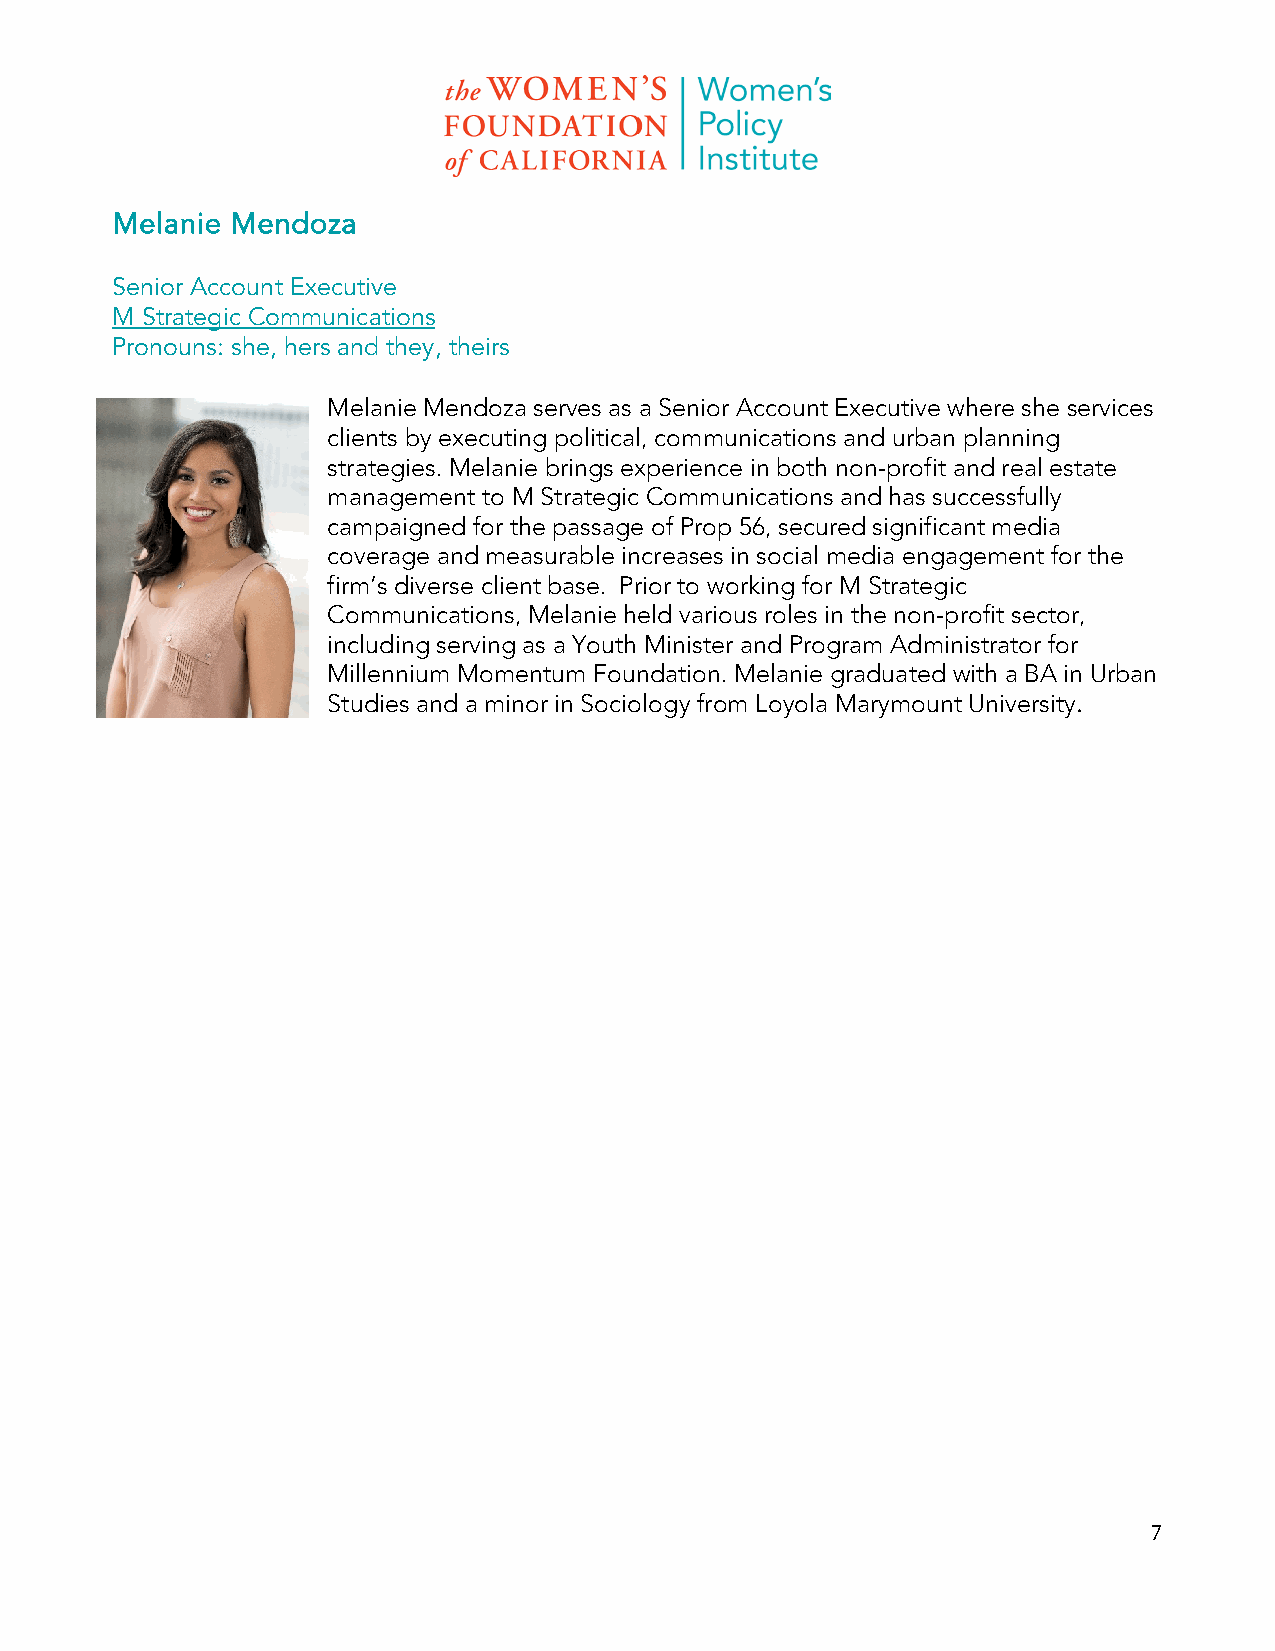
Melanie Mendoza
 Senior Account Executive
 M Strategic Communications
 Pronouns: she, hers and they, theirs
 Melanie Mendoza serves as a Senior Account Executive where she services
 clients by executing political, communications and urban planning
 strategies. Melanie brings experience in both non-profit and real estate
 management to M Strategic Communications and has successfully
 campaigned for the passage of Prop 56, secured significant media
 coverage and measurable increases in social media engagement for the
 firm’s diverse client base. Prior to working for M Strategic
 Communications, Melanie held various roles in the non-profit sector,
 including serving as a Youth Minister and Program Administrator for
 Millennium Momentum Foundation. Melanie graduated with a BA in Urban
 Studies and a minor in Sociology from Loyola Marymount University.
 7